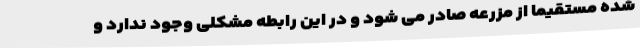
شده مستقیما از مزرعه صادر می شود و در این رابطه مشکلی وجود ندارد و